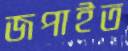
জপাইত